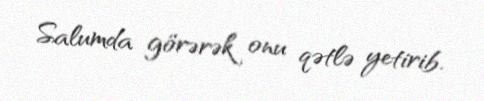
Salumda görərək onu qətlə yetirib.